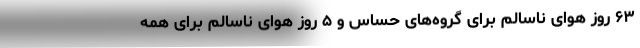
‌۶۳ روز هوای ناسالم برای گروه‌های حساس و ۵ روز هوای ناسالم برای همه